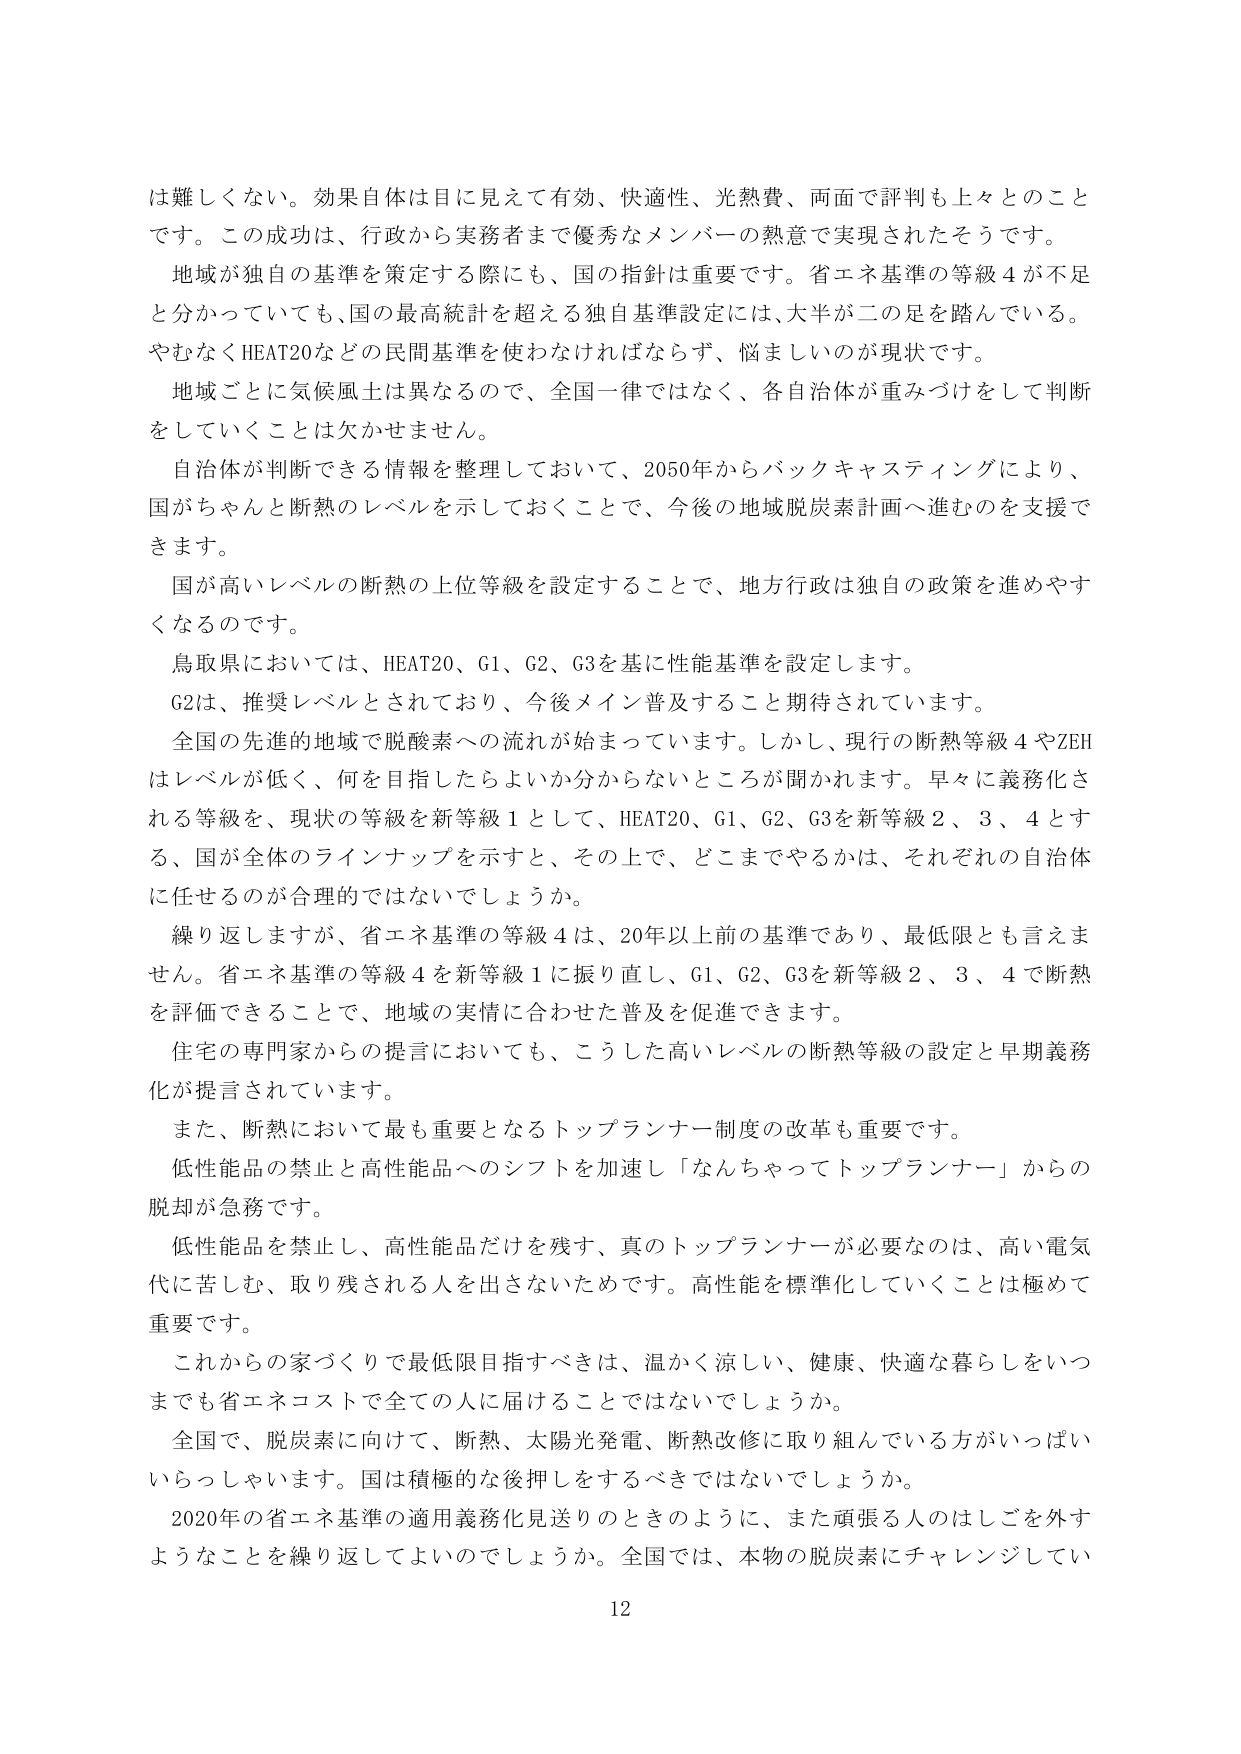
は難しくない。効果自体は目に見えて有効、快適性、光熱費、両面で評判も上々とのことです。この成功は、行政から実務者まで優秀なメンバーの熱意で実現されたそうです。

地域が独自の基準を策定する際にも、国の指針は重要です。省エネ基準の等級4が不足と分かっていても、国の最高統計を超える独自基準設定には、大半が二の足を踏んでいる。やむなくHEAT20などの民間基準を使わなければならず、悩ましいのが現状です。

地域ごとに気候風土は異なるので、全国一律ではなく、各自治体が重みづけをして判断をしていくことは欠かせません。

自治体が判断できる情報を整理しておいて、2050年からバックキャスティングにより、国がちゃんと断熱のレベルを示しておくことで、今後の地域脱炭素計画へ進むのを支援できます。

国が高いレベルの断熱の上位等級を設定することで、地方行政は独自の政策を進めやすくなるのです。

鳥取県においては、HEAT20、G1、G2、G3を基に性能基準を設定します。

G2は、推奨レベルとされており、今後メイン普及すること期待されています。

全国の先進的地域で脱酸素への流れが始まっています。しかし、現行の断熱等級4やZEHはレベルが低く、何を目指したらよいか分からないところが聞かれます。早々に義務化される等級を、現状の等級を新等級1として、HEAT20、G1、G2、G3を新等級2、3、4とする、国が全体のラインナップを示すと、その上で、どこまでやるかは、それぞれの自治体に任せるのが合理的ではないでしょうか。

繰り返しますが、省エネ基準の等級4は、20年以上前の基準であり、最低限とも言えません。省エネ基準の等級4を新等級1に振り直し、G1、G2、G3を新等級2、3、4で断熱を評価できることで、地域の実情に合わせた普及を促進できます。

住宅の専門家からの提言においても、こうした高いレベルの断熱等級の設定と早期義務化が提言されています。

また、断熱において最も重要となるトップランナー制度の改革も重要です。

低性能品の禁止と高性能品へのシフトを加速し「なんちゃってトップランナー」からの脱却が急務です。

低性能品を禁止し、高性能品だけを残す、真のトップランナーが必要なのは、高い電気代に苦しむ、取り残される人を出さないためです。高性能を標準化していくことは極めて重要です。

これからの家づくりで最低限目指すべきは、温かく涼しい、健康、快適な暮らしをいつまでも省エネコストで全ての人に届けることではないでしょうか。

全国で、脱炭素に向けて、断熱、太陽光発電、断熱改修に取り組んでいる方がいっぱいいらっしゃいます。国は積極的な後押しをするべきではないでしょうか。

2020年の省エネ基準の適用義務化見送りのときのように、また頑張る人のはしごを外すようなことを繰り返してよいのでしょうか。全国では、本物の脱炭素にチャレンジしてい

12